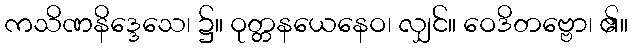
ကသိဏနိဒ္ဒေသေ၊ ၌။ ဝုတ္တနယေနေဝ၊ လျှင်။ ဝေဒိတဗ္ဗော၊ ၏။